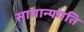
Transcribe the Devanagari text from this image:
सामान्यगति